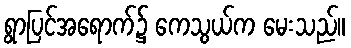
ရွာပြင်အရောက်၌ ကေသွယ်က မေးသည်။